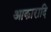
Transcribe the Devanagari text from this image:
आकारादि